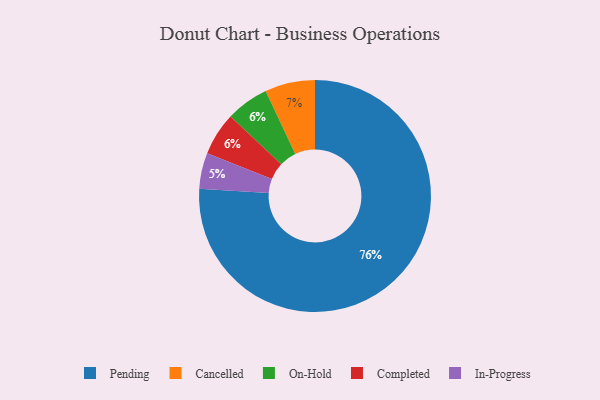
{"axis": {"x": "Category", "y": "Percentage"}, "legend": ["Cancelled", "Completed", "In-Progress", "On-Hold", "Pending"], "data": [{"x": "In-Progress", "y": 5, "type": "In-Progress"}, {"x": "On-Hold", "y": 6, "type": "On-Hold"}, {"x": "Cancelled", "y": 7, "type": "Cancelled"}, {"x": "Completed", "y": 6, "type": "Completed"}, {"x": "Pending", "y": 76, "type": "Pending"}]}